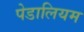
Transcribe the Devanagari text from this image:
पेडालियम